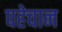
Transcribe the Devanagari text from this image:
पहेचान